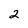
Character: 2